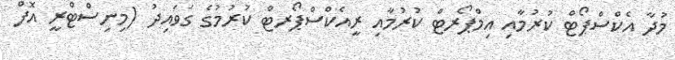
މުދާ އެކްސްޕޯޓް ކުރުމާއި އިމްޕޯރޓް ކުރުމާއި ރީއެކްސްޕޯރޓް ކުރުމުގެ ގަވައިދު (މިނިސްޓްރީ އޮފް